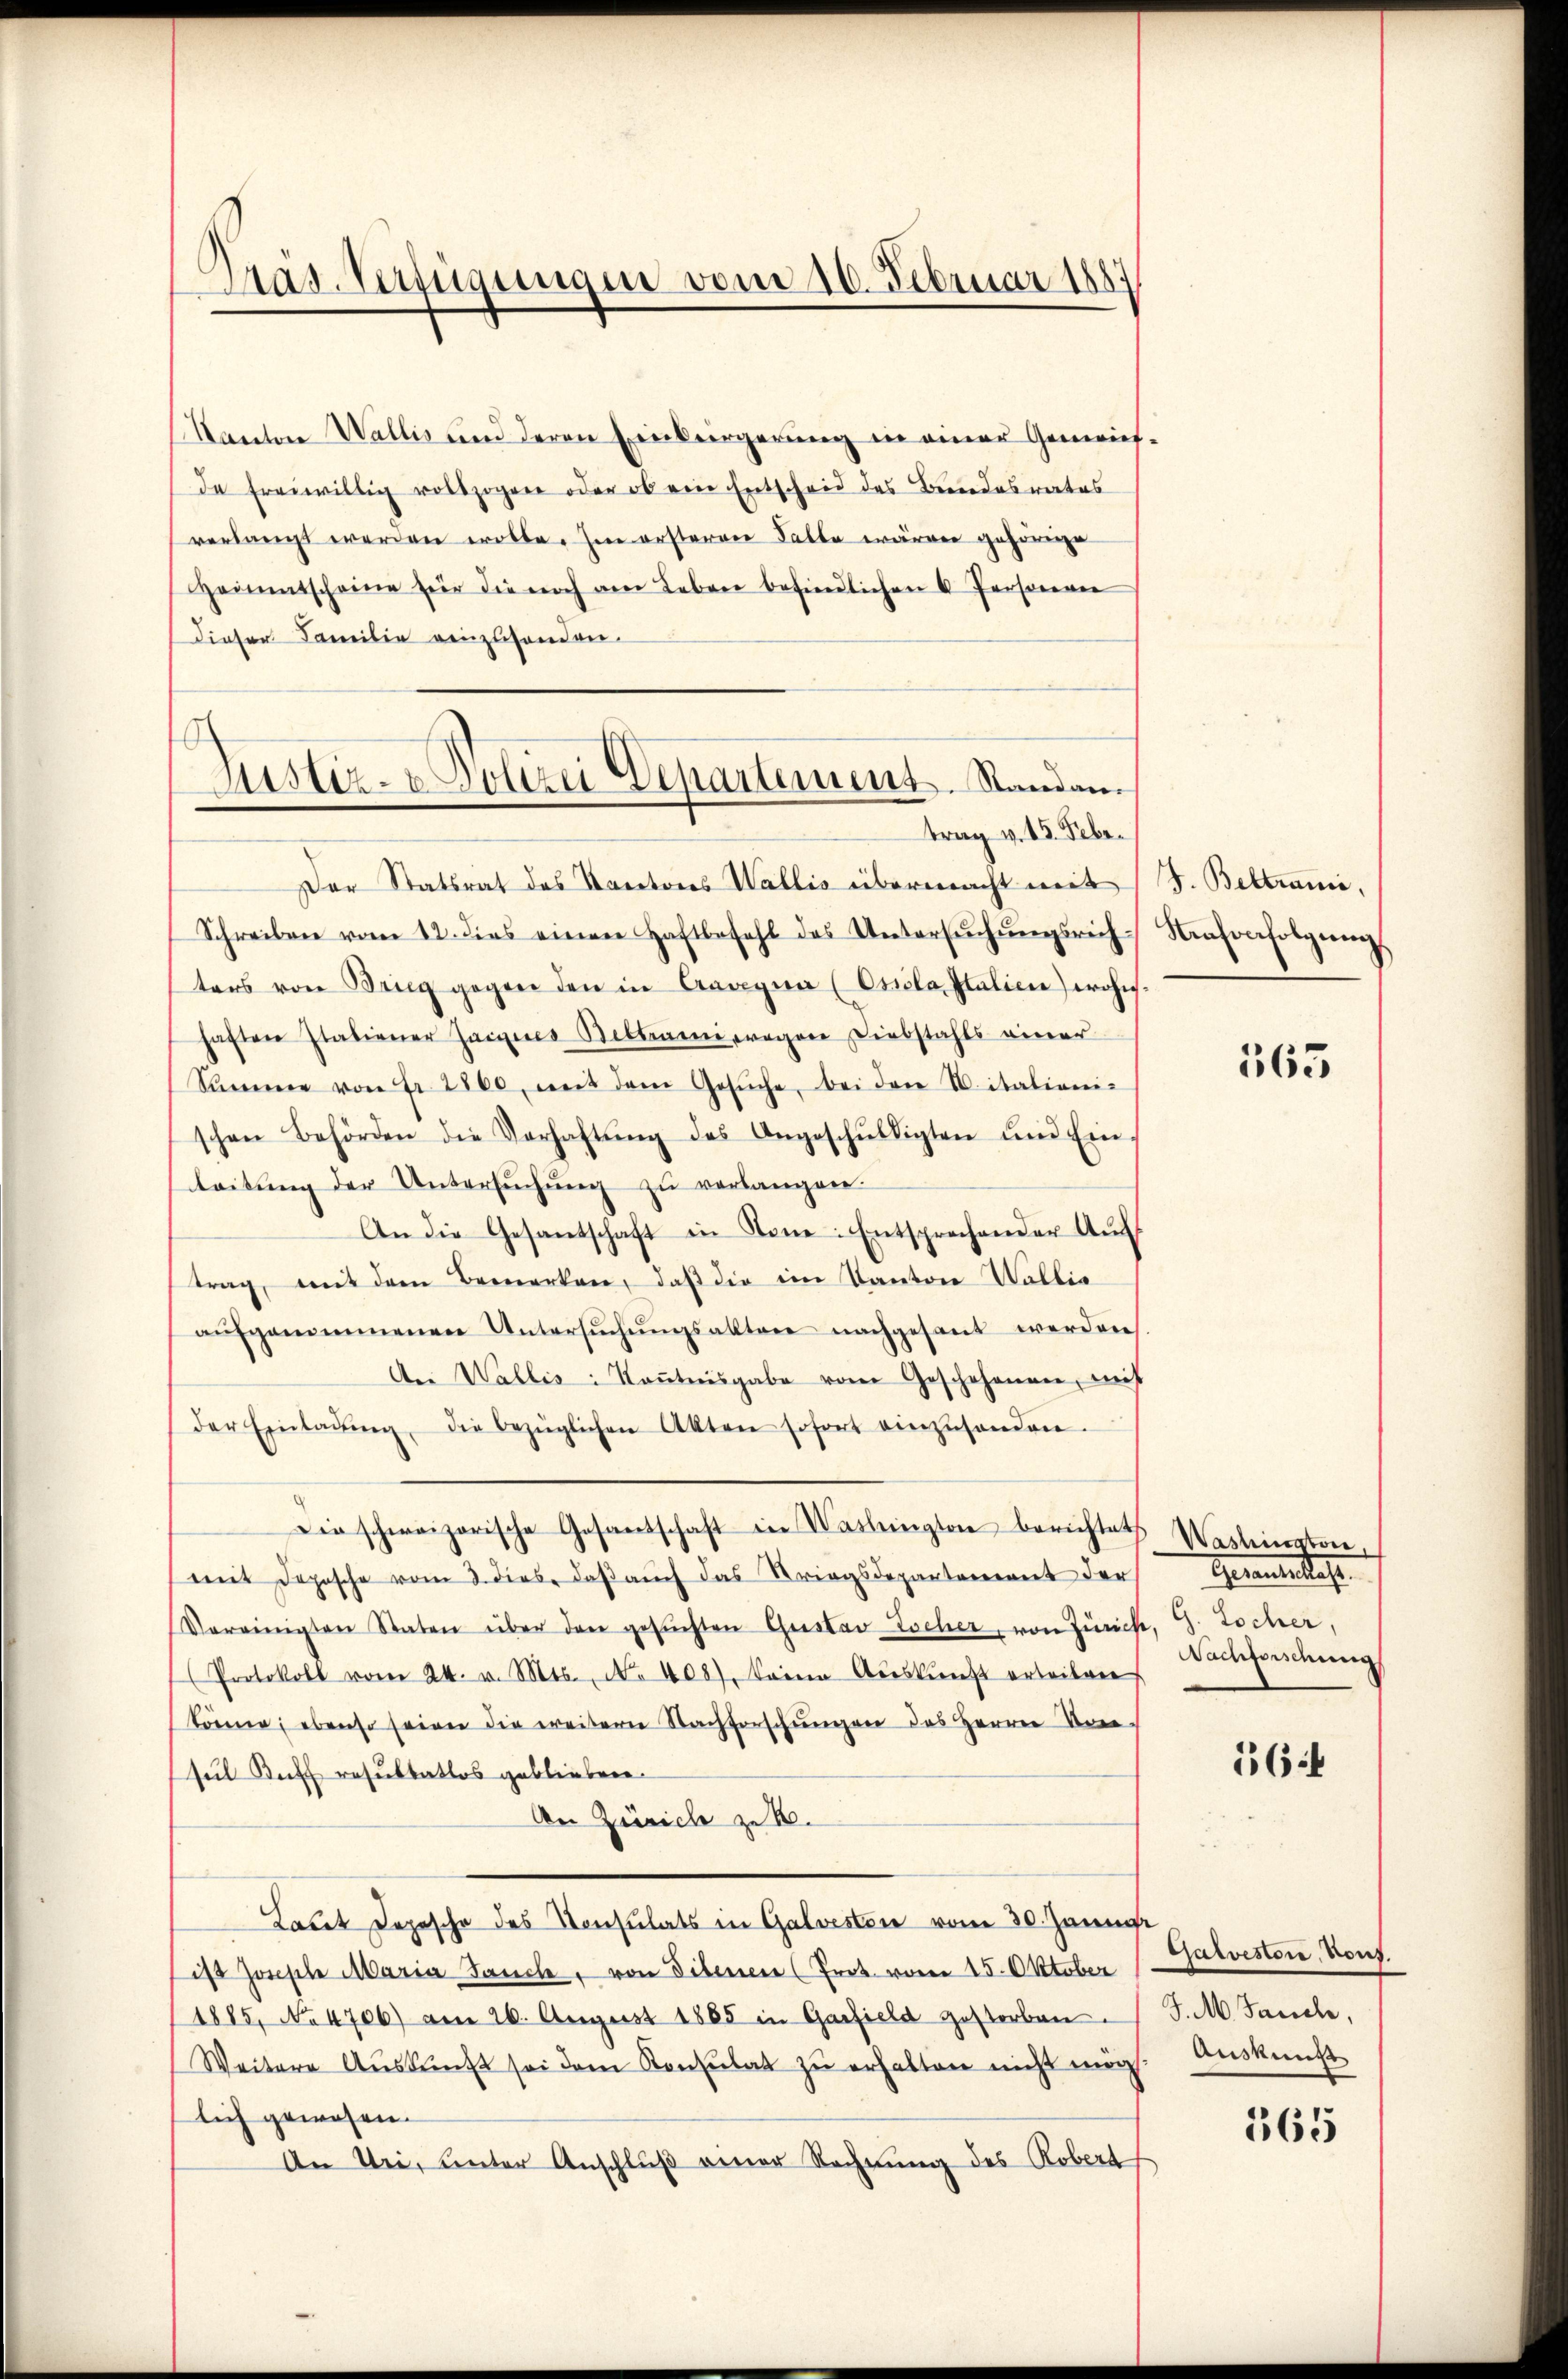
Präs. Verfügungen vom 10. Februar 188

Kanton Wallis und deren Einbergerung in einer Gemeinsda freiwillig vollzogen oder ob ein Entscheid des Bundesrates
verlangt werden wolle. Im ersteren Falle wären gehörige
Heimatscheine für die noch am Leben befindlichen 6 Personeren
dieser Familie einzuhanden.

Justiz- & Polizei Departement. Standan
trag v. 15. Febr.

Der Statsrat des Kantons Wallis übermacht mit
Schreiben vom 12. dies einen Haftbefehl des Untersŭchŭngsrich-
ters von Brieg gegen den in Aarga (Csela Italien) wohnhaften Italiener Jaignes Beltramieregen Diebstahls einer
Summe von Fr. 2860, mit dem Gesŭche, bei den Vitalienischen Behörden die Verhaltŭng des Angeschŭldigten und Ein-
leitŭng der Untersŭchŭng zŭ verlangen.
An die Gesantschaft in Tone: Entsprechender Aŭf
trag, mit dem Bemerken, daß die im Kanton Wallia
aŭfgenommenen Untersŭchŭngsalltare nachgesant werden
An Wallis: Kaṅtnisgabe vom Geschehenen, mit
der Einladŭng die bezüglichen Akten sofort einzŭsenden.
Die schweizerische Gesantschaft in Washington berichtets Washingsver-
mit Depesche vom 3. dies, daβ aŭch das Kriegsdepartement der
Vereinigten Staten über den gesuchten Gustav Locher, von Zürich, G. Tocher,
Protokoll vom 24. v. Mts., No 408), keinen Auskunft erbeiten
könne; ebenso seien die weitern Nachforschungen des Herrn Ver-
sul Buff resultatlos geblieben.
An Zürich zu R
Laut Depesche des Konsulats in Galvesten vom 30. Jänner
ist sonsche Maria Sancte, von Sibenen (Prot. vom 15. Oktober
1885, No 4706) am 26. August 1885 in Garfield gestorben S. M. Sandle,
Weitere Aŭskŭnft sei dem Konsulat zŭ erhalten nicht möge. Auskunft
lich gewesen.
An Uri, Unter Anschlŭβ einer Rechnung des Robert

J. Beltrani,
Kaforfolgung

565

Gerantestalt.
Nachforschung

6

Galvestore, Vous.

365